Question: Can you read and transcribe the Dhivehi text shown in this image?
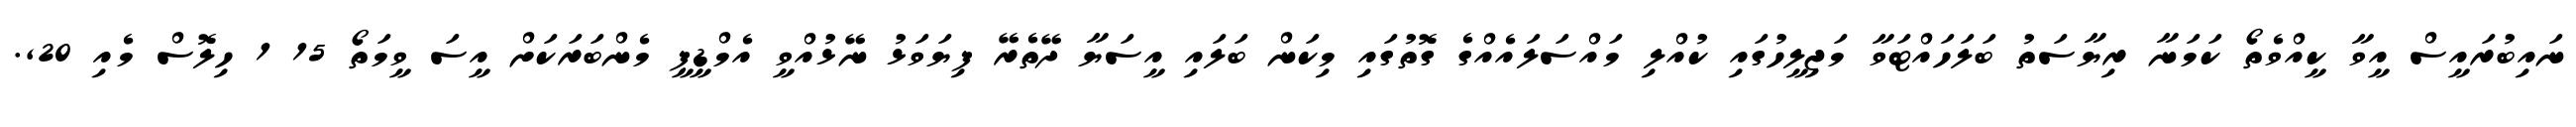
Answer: ނައިބުރައީސް އީވާ ކީއްވެތޯ ކަމަނާ ރިޔާސަތު ބަލަހައްޓަވާ މަޖިލީހުގައި ކުއްލި މައްސަލައެއްގެ ގޮތުގައި މިކަން ބަލައި އީސަޔާ ދޭތެރޭ ފިޔަވަޅު ނޭޅުއްވީ އެމްޑީޕީ މެންބަރަކަށް އީސަ ވީމަތޯ 15 1 ހިލޮސް މެއި 20,.